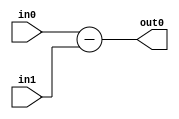
module sub_mine(
    input [7:0] in0,
    input [7:0] in1,
    output [8:0] out0
);

    assign out0 = in0 - in1;

endmodule